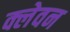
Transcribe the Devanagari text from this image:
क्लेवन